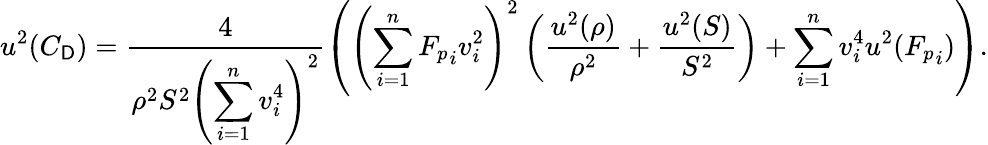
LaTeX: u^{2}(C_{\mathsf{D}})=\frac{{4}}{{\rho^{2}S^{2}\left(\displaystyle\sum_{i=1}^{n}v_{i}^{4}\right)^{2}}}\left(\left(\displaystyle\sum_{i=1}^{n}{F_{p}}_{i}v_{i}^{2}\right)^{2}\left(\frac{{u^{2}(\rho)}}{{\rho^{2}}}+\frac{{u^{2}(S)}}{{S^{2}}}\right)+\displaystyle\sum_{i=1}^{n}v_{i}^{4}u^{2}({F_{p}}_{i})\right).